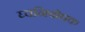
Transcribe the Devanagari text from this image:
घ्वनिबोधक